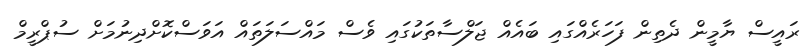
ރައީސް ޔާމީން ދެތިން ފަހަރެއްގައި ބައެއް ޖަލްސާތަކުގައި ވެސް މައްސަލަތައް އަވަސްކޮށްދިނުމަށް ސުޕްރީމް